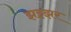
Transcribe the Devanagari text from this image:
झझ्झर